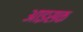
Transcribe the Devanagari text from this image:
आइसक